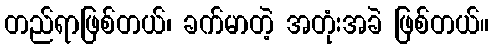
တည်ရာဖြစ်တယ်၊ ခက်မာတဲ့ အတုံးအခဲ ဖြစ်တယ်။